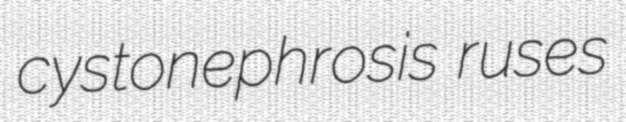
cystonephrosis ruses